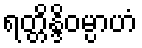
ရတ္တိန္ဒိဝမ္ပာဟံ